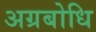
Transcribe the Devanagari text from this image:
अग्रबोधि